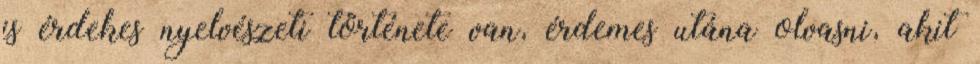
is érdekes nyelvészeti története van, érdemes utána olvasni, akit